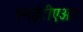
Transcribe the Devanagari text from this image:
एमईटीएआर